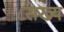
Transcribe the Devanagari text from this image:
८सख्य